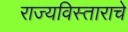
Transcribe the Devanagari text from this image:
राज्यविस्ताराचे